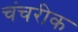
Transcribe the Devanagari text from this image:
चंचरीक